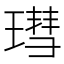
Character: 㻰